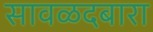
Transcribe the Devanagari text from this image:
सावळदबारा